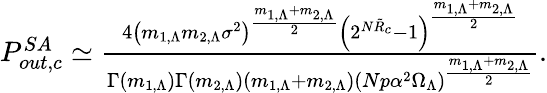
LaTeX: \begin{array}{r}{P_{out,c}^{SA}\simeq\frac{4\left(m_{1,\Lambda}m_{2,\Lambda}\sigma^{2}\right)^{\frac{m_{1,\Lambda}+m_{2,\Lambda}}{2}}\left(2^{N\tilde{R}_{c}}-1\right)^{\frac{m_{1,\Lambda}+m_{2,\Lambda}}{2}}}{\Gamma(m_{1,\Lambda})\Gamma(m_{2,\Lambda})(m_{1,\Lambda}+m_{2,\Lambda})(Np\alpha^{2}\Omega_{\Lambda})^{\frac{m_{1,\Lambda}+m_{2,\Lambda}}{2}}}.}\end{array}